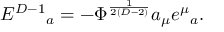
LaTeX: E ^ { D - 1 } { } _ { a } = - \Phi ^ { \frac { 1 } { 2 ( D - 2 ) } } a _ { \mu } e ^ { \mu } { } _ { a } .